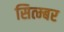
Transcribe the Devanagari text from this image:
सित्म्बर